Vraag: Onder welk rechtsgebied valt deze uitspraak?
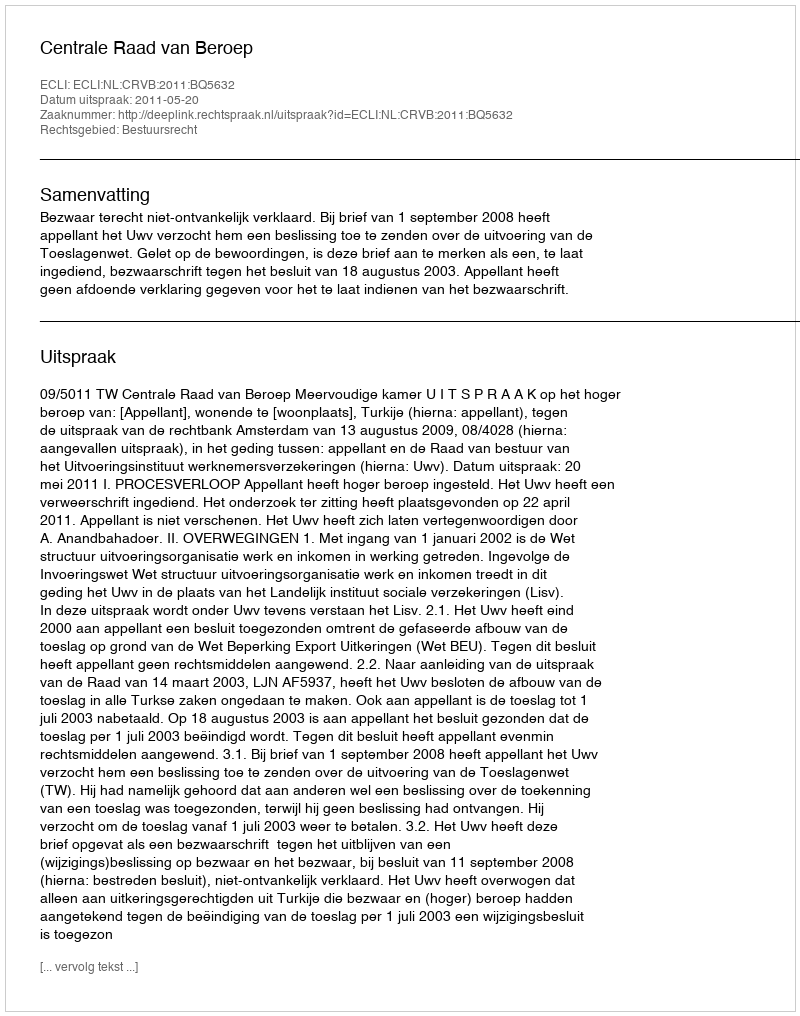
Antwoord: Bestuursrecht